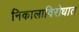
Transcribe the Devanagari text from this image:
निकालाविरोधात